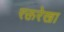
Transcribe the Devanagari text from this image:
रक्तरेखा